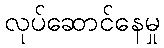
လုပ်ဆောင်နေမှု